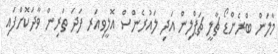
މާލަން ބްރެންޑޯ ޗާލީ ޗަޕްލިން އަދި ލައުރެންސް އޮލީވިއަރ ފަދަ ތަރިން ވާދަކޮށްފައި